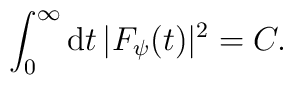
\int_{0}^{\infty}{\rm d} t \,|F_{\psi}(t)|^2 = C.